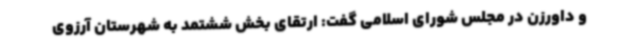
و داورزن در مجلس شورای اسلامی گفت: ارتقای بخش ششتمد به شهرستان آرزوی